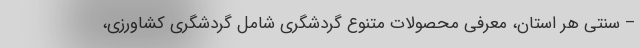
– سنتی هر استان، معرفی محصولات متنوع گردشگری شامل گردشگری کشاورزی،